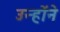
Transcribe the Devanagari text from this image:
उन्होंंने